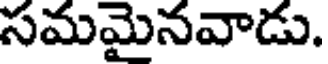
సమమైనవాడు.